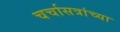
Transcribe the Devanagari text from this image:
चर्चासत्रांच्या